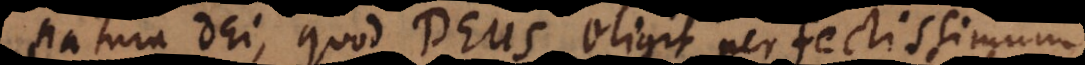
natura Dei, quod Deus eligit perfectissimum.